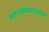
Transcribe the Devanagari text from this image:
आतुरस्यविकारप्रशमनं